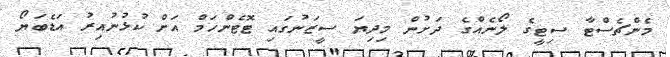
މެންޗެސްޓާ ސިޓީގެ ލޯނެއްގެ ދަށުން މިދިޔަ ސީޒަނުގައި ޓޮޓެންހަމް އަށް ކުޅުނުއިރު އަޑެބަޔޯ